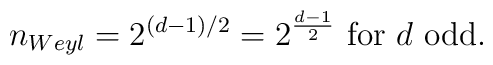
n_{Weyl} = 2^{(d-1)/2}=2^{\frac{d-1}{2}} \mbox{    for $d$ odd}.